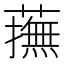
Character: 𧁵